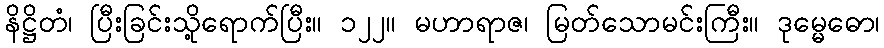
နိဋ္ဌိတံ၊ ပြီးခြင်းသို့ရောက်ပြီး။ ၁၂၂။ မဟာရာဇ၊ မြတ်သောမင်းကြီး။ ဒုမ္မေဓော၊